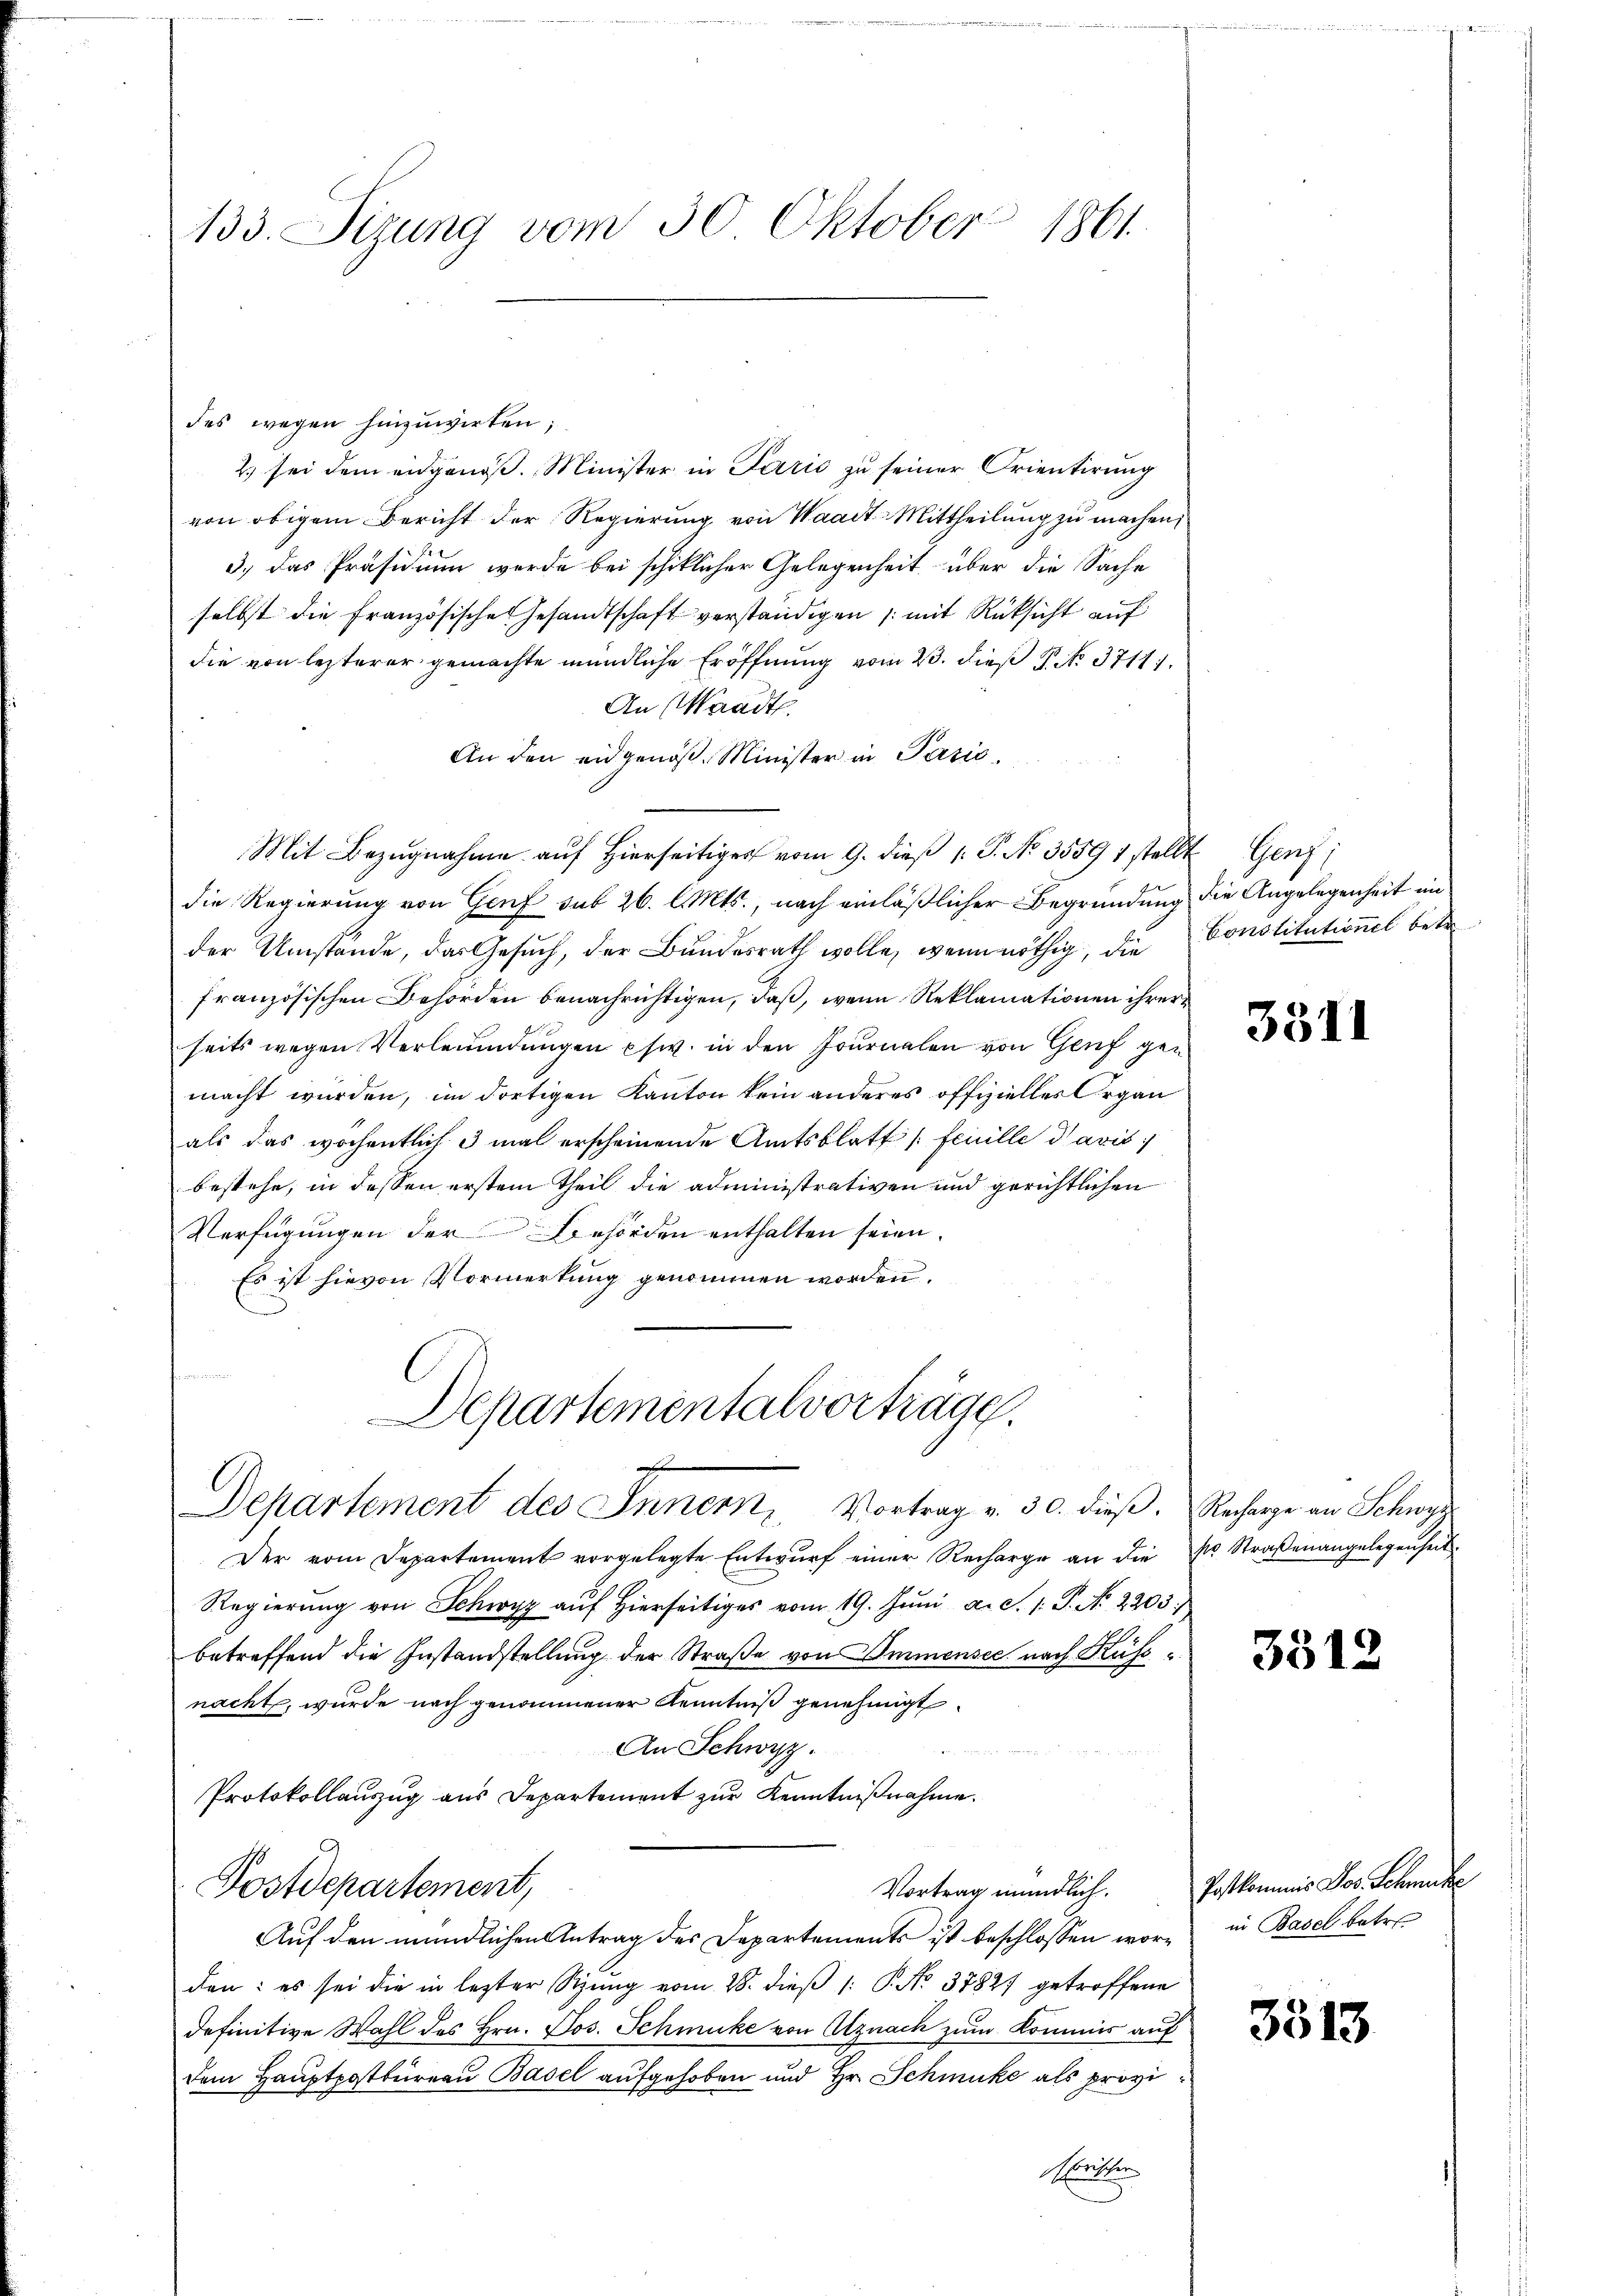
133. Sizung vom 30. Oktober 1861

des wegen hinzuwirten;
2.) sei dem eidgenöß. Minister in Parić zu seiner Orientirung
von obigem Bericht der Regierung von Waadt Mittheilung zu machen,
3.) Das Präsidium werde bei schiklicher Gelegenheit über die Sache
selbst die Französische Gesandtschaft verständigen /: mit Rücksicht auf
die von lezterer gemachte mündliche Eröffnung vom 23. dieß P. No. 3711.
An (Waadt.
An den eidgenöß. Minister in Paris,
Mit Bezugnahme auf Hierseitiges vom 9. dieß P. No 35591 stellt Genf;
die Regierung von Genf sub 26. l. Mts., nach einläßlicher Begründung die Angelegenheit ein
der Umstände, das Gesuch, der Bundesrath wolle, wenn nöthig, die Constitutionel bet
französischen Behörden benachrichtigen, daß, wenn Reklamationen ihrer
seits wegen Verleumdungen phw. in den Journalen von Genf gemacht wurden, im dortigen Kanton kein anderes offizielles Organ
als das wöchentlich 3 mal erscheinende Amtsblatt (feuille davis
bestehe, in dessen erstem Theil die administrativen und gerichtlichen
Verfügungen der Behörden enthalten seien.
Es ist hievon Vormerkung genommen worden.
Departementalvorträge.

f
Departement des Innern, Vortrag v. 30. dieβ. Recharge an Schwyz

Der vom Departement vorgelegte Entwŭrf einer Recharge an die pr. Straßenangelegenheit.
Regierung von Schwyz auf hierseitiges vom 19. Juni a.c. s. P. No. 2203
betreffend die Instandstellung der Straße von Immensee nach Küssnacht, wurde nach genommener Kenntniß genehmigt
An Schwyz.
Protokollanzug aus Departement zur Kenntnißnahme.
Postdepartement,
Vortrag mündlich.
Auf den mündlichen Antrag des Departements ist beschlossen wäre in Basel betret
den: es sei die in letzter Stung vom 28. dieβ (: P. No. 37827 getroffene
definitive Wahl des Hrn. Jos. Schmucke von Utznach zum Kommis auf
dem Hauptpostbüreau Basel aufgehoben und Hr. Schmucke als provibetten

3311

3512

Postkommnis Jos. Schmucke

3513